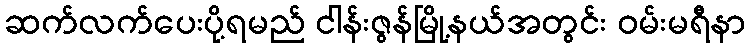
ဆက်လက်ပေးပို့ရမည် ငါန်းဇွန်မြို့နယ်အတွင်း ဝမ်းမရီနာ